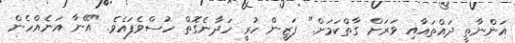
އަންނާތީ ދައްތައާއި ވަރަށް ގާތްކަމަށް." ފަޒީން ހުރީ ހަދާނެގޮތް ހުސްވެފައެވެ. "އޭނާ އަނެއްހެން